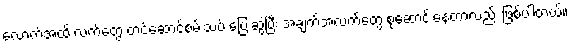
လောက်အထိ လက်တွေ့ တင်ဆောင်စမ်းသပ် ပြေးဆွဲပြီး အချက်အလက်တွေ စုဆောင်းနေတာလည်း ဖြစ်ပါတယ်။